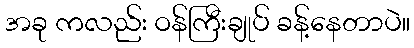
အခု ကလည်း ဝန်ကြီးချုပ် ခန့်နေတာပဲ။